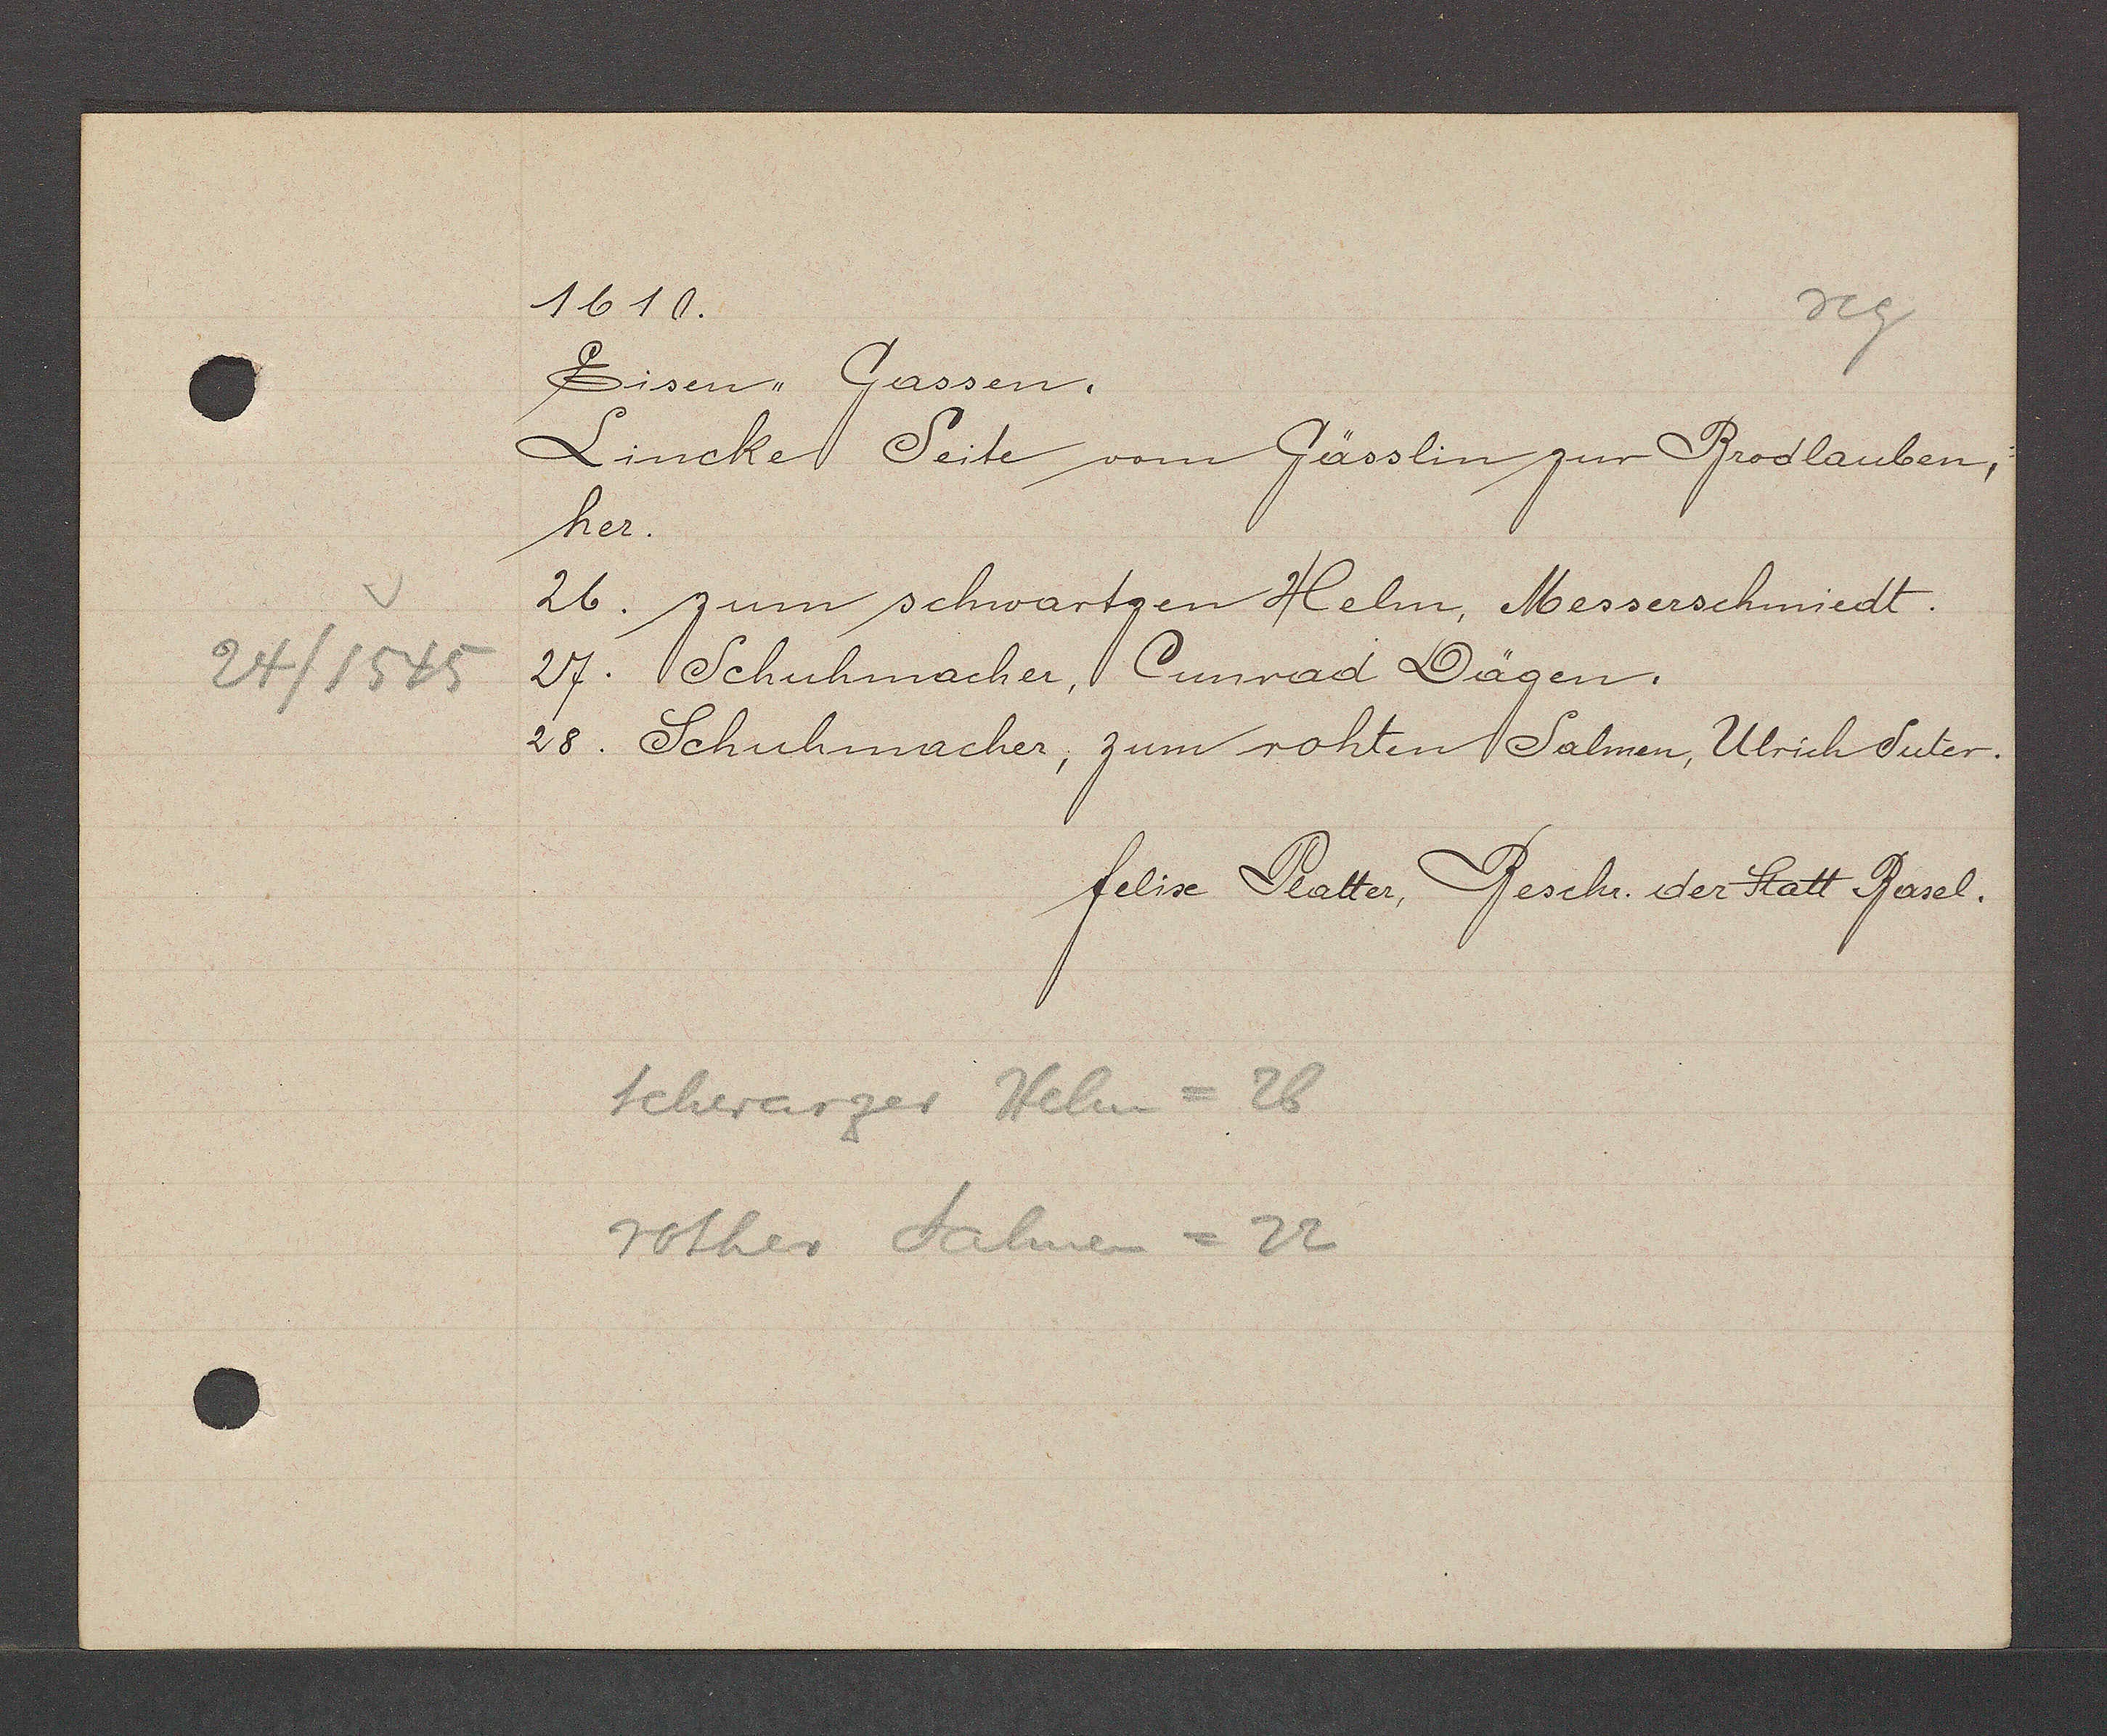
Transcript:
24/1545

1610.

Eisen-Gassen.

Lincke Seite vom Gässlin zur Brodlauben,

her.

26. zum schwartzen Helm, Messerschmiedt.

27. Schuhmacher, Cunrad Dägen.

28. Schuhmacher, zum rothen Salmen, Ulrich Suter.

Schwarzer Helm = 26

rother Salmen = 22

felix Platter, Beschr. der Statt Basel.